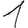
Digit: 1